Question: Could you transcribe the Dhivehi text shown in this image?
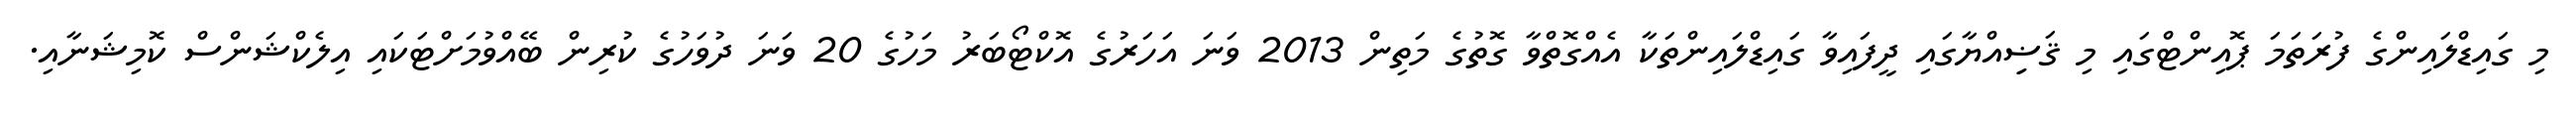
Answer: މި ގައިޑްލައިންގެ ފުރަތަމަ ޕޮއިންޓްގައި މި ޤަޟިިއްޔާގައި ދީފައިވާ ގައިޑްލައިންތަކާ އެއްގޮތްވާ ގޮތުގެ މަތިން 2013 ވަނަ އަހަރުގެ އޮކްޓޯބަރު މަހުގެ 20 ވަނަ ދުވަހުގެ ކުރިން ބޭއްވުމަށްޓަކައި އިލެކްޝަންސް ކޮމިޝަނާއި.